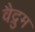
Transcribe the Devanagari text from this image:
वैद्रुम